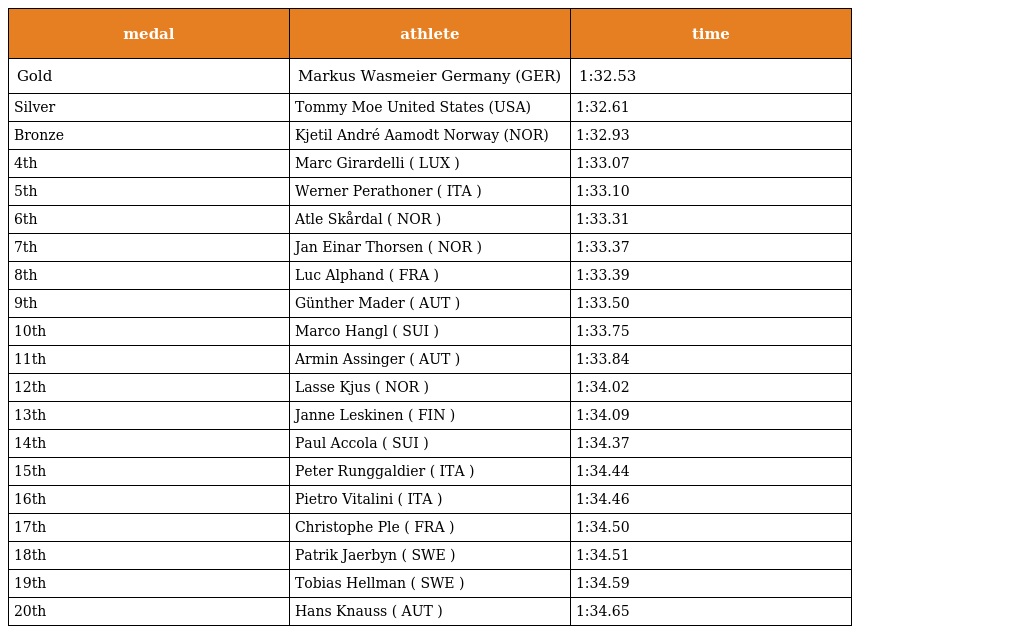
| medal | athlete | time |
 | --- | --- | --- |
 | Gold | Markus Wasmeier Germany (GER) | 1:32.53 |
 | Silver | Tommy Moe United States (USA) | 1:32.61 |
 | Bronze | Kjetil André Aamodt Norway (NOR) | 1:32.93 |
 | 4th | Marc Girardelli ( LUX ) | 1:33.07 |
 | 5th | Werner Perathoner ( ITA ) | 1:33.10 |
 | 6th | Atle Skårdal ( NOR ) | 1:33.31 |
 | 7th | Jan Einar Thorsen ( NOR ) | 1:33.37 |
 | 8th | Luc Alphand ( FRA ) | 1:33.39 |
 | 9th | Günther Mader ( AUT ) | 1:33.50 |
 | 10th | Marco Hangl ( SUI ) | 1:33.75 |
 | 11th | Armin Assinger ( AUT ) | 1:33.84 |
 | 12th | Lasse Kjus ( NOR ) | 1:34.02 |
 | 13th | Janne Leskinen ( FIN ) | 1:34.09 |
 | 14th | Paul Accola ( SUI ) | 1:34.37 |
 | 15th | Peter Runggaldier ( ITA ) | 1:34.44 |
 | 16th | Pietro Vitalini ( ITA ) | 1:34.46 |
 | 17th | Christophe Ple ( FRA ) | 1:34.50 |
 | 18th | Patrik Jaerbyn ( SWE ) | 1:34.51 |
 | 19th | Tobias Hellman ( SWE ) | 1:34.59 |
 | 20th | Hans Knauss ( AUT ) | 1:34.65 |